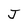
Character: J